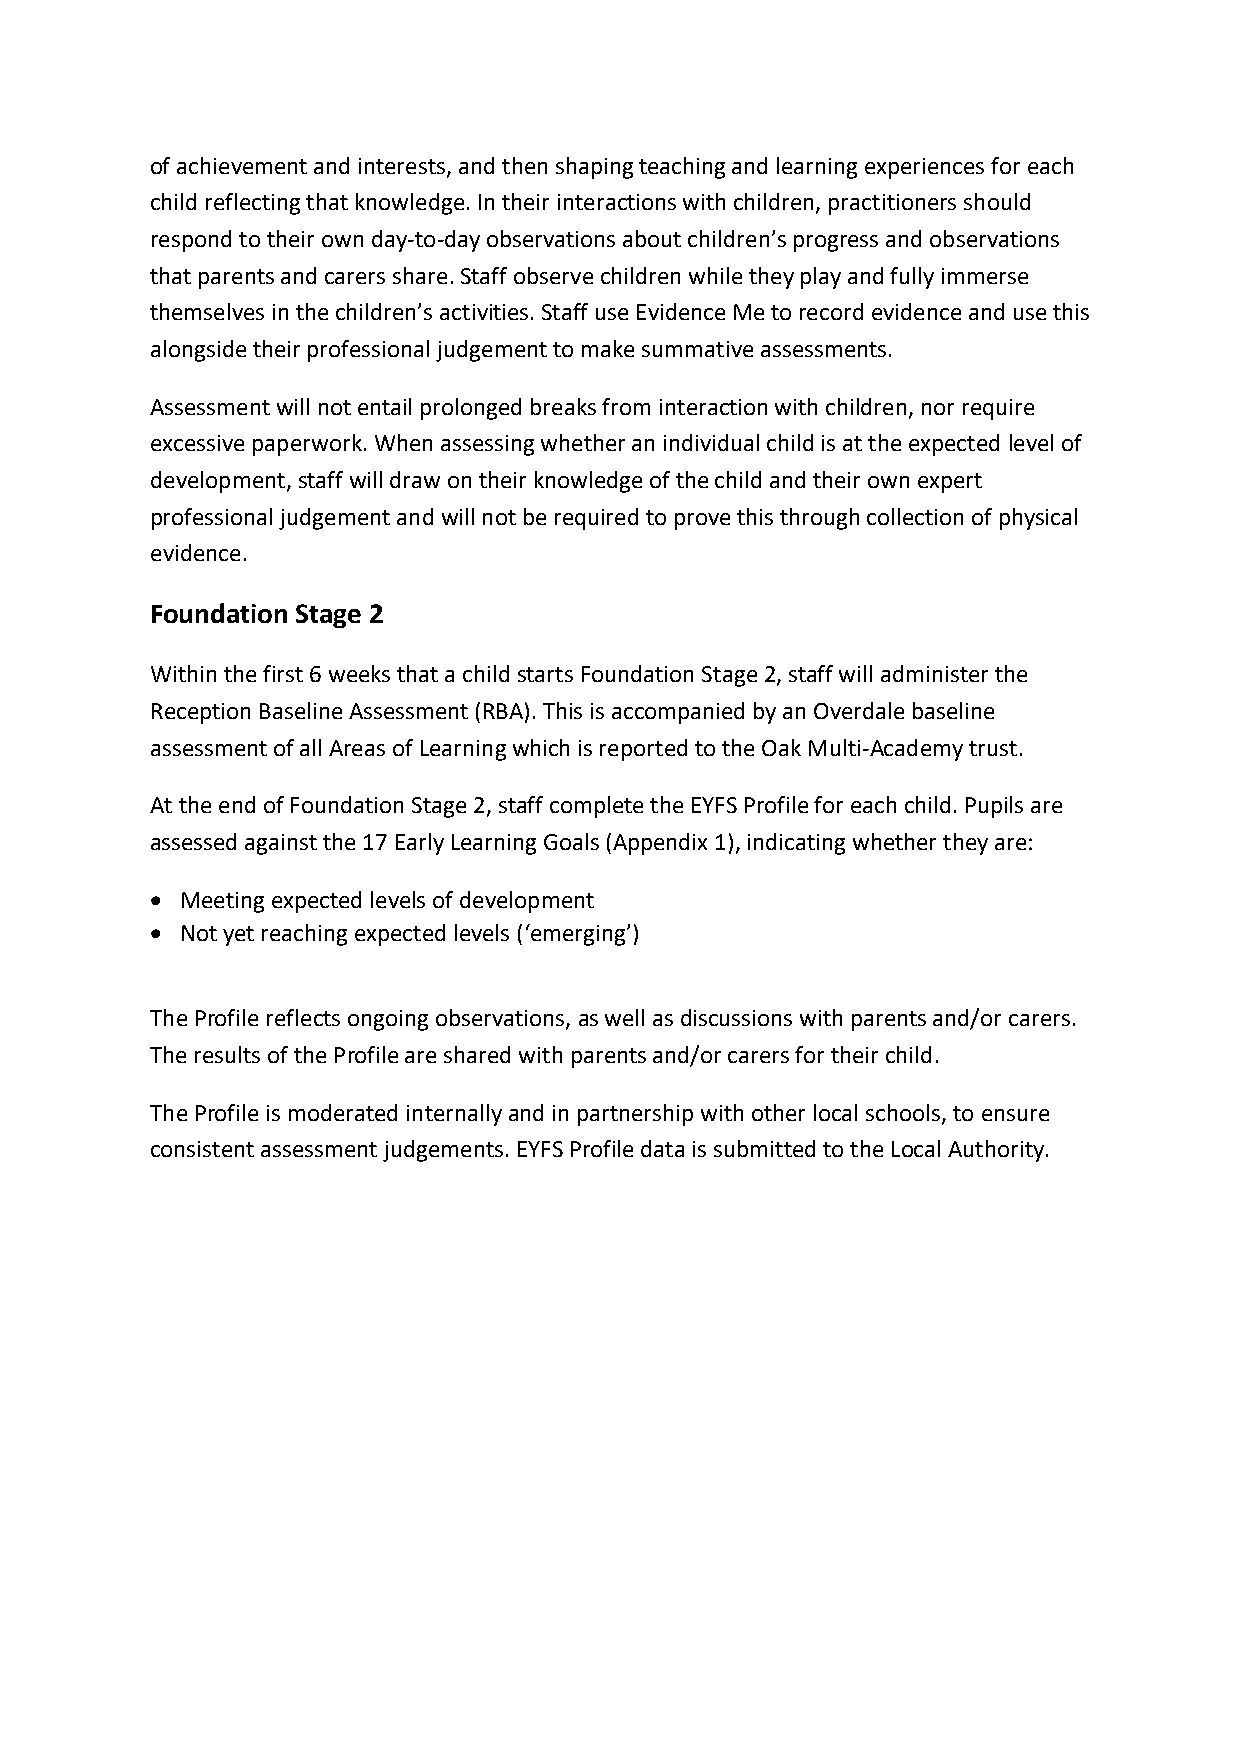
of achievement and interests, and then shaping teaching and learning experiences for each
 child reflecting that knowledge. In their interactions with children, practitioners should
 respond to their own day-to-day observations about children’s progress and observations
 that parents and carers share. Staff observe children while they play and fully immerse
 themselves in the children’s activities. Staff use Evidence Me to record evidence and use this
 alongside their professional judgement to make summative assessments.
 Assessment will not entail prolonged breaks from interaction with children, nor require
 excessive paperwork. When assessing whether an individual child is at the expected level of
 development, staff will draw on their knowledge of the child and their own expert
 professional judgement and will not be required to prove this through collection of physical
 evidence.
 Foundation Stage 2
 Within the first 6 weeks that a child starts Foundation Stage 2, staff will administer the
 Reception Baseline Assessment (RBA). This is accompanied by an Overdale baseline
 assessment of all Areas of Learning which is reported to the Oak Multi-Academy trust.
 At the end of Foundation Stage 2, staff complete the EYFS Profile for each child. Pupils are
 assessed against the 17 Early Learning Goals (Appendix 1), indicating whether they are:
 • Meeting expected levels of development
 • Not yet reaching expected levels (‘emerging’)
 The Profile reflects ongoing observations, as well as discussions with parents and/or carers.
 The results of the Profile are shared with parents and/or carers for their child.
 The Profile is moderated internally and in partnership with other local schools, to ensure
 consistent assessment judgements. EYFS Profile data is submitted to the Local Authority.